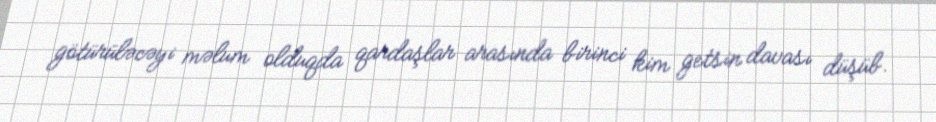
götürüləcəyi məlum olduqda qardaşlar arasında birinci kim getsin davası düşüb.